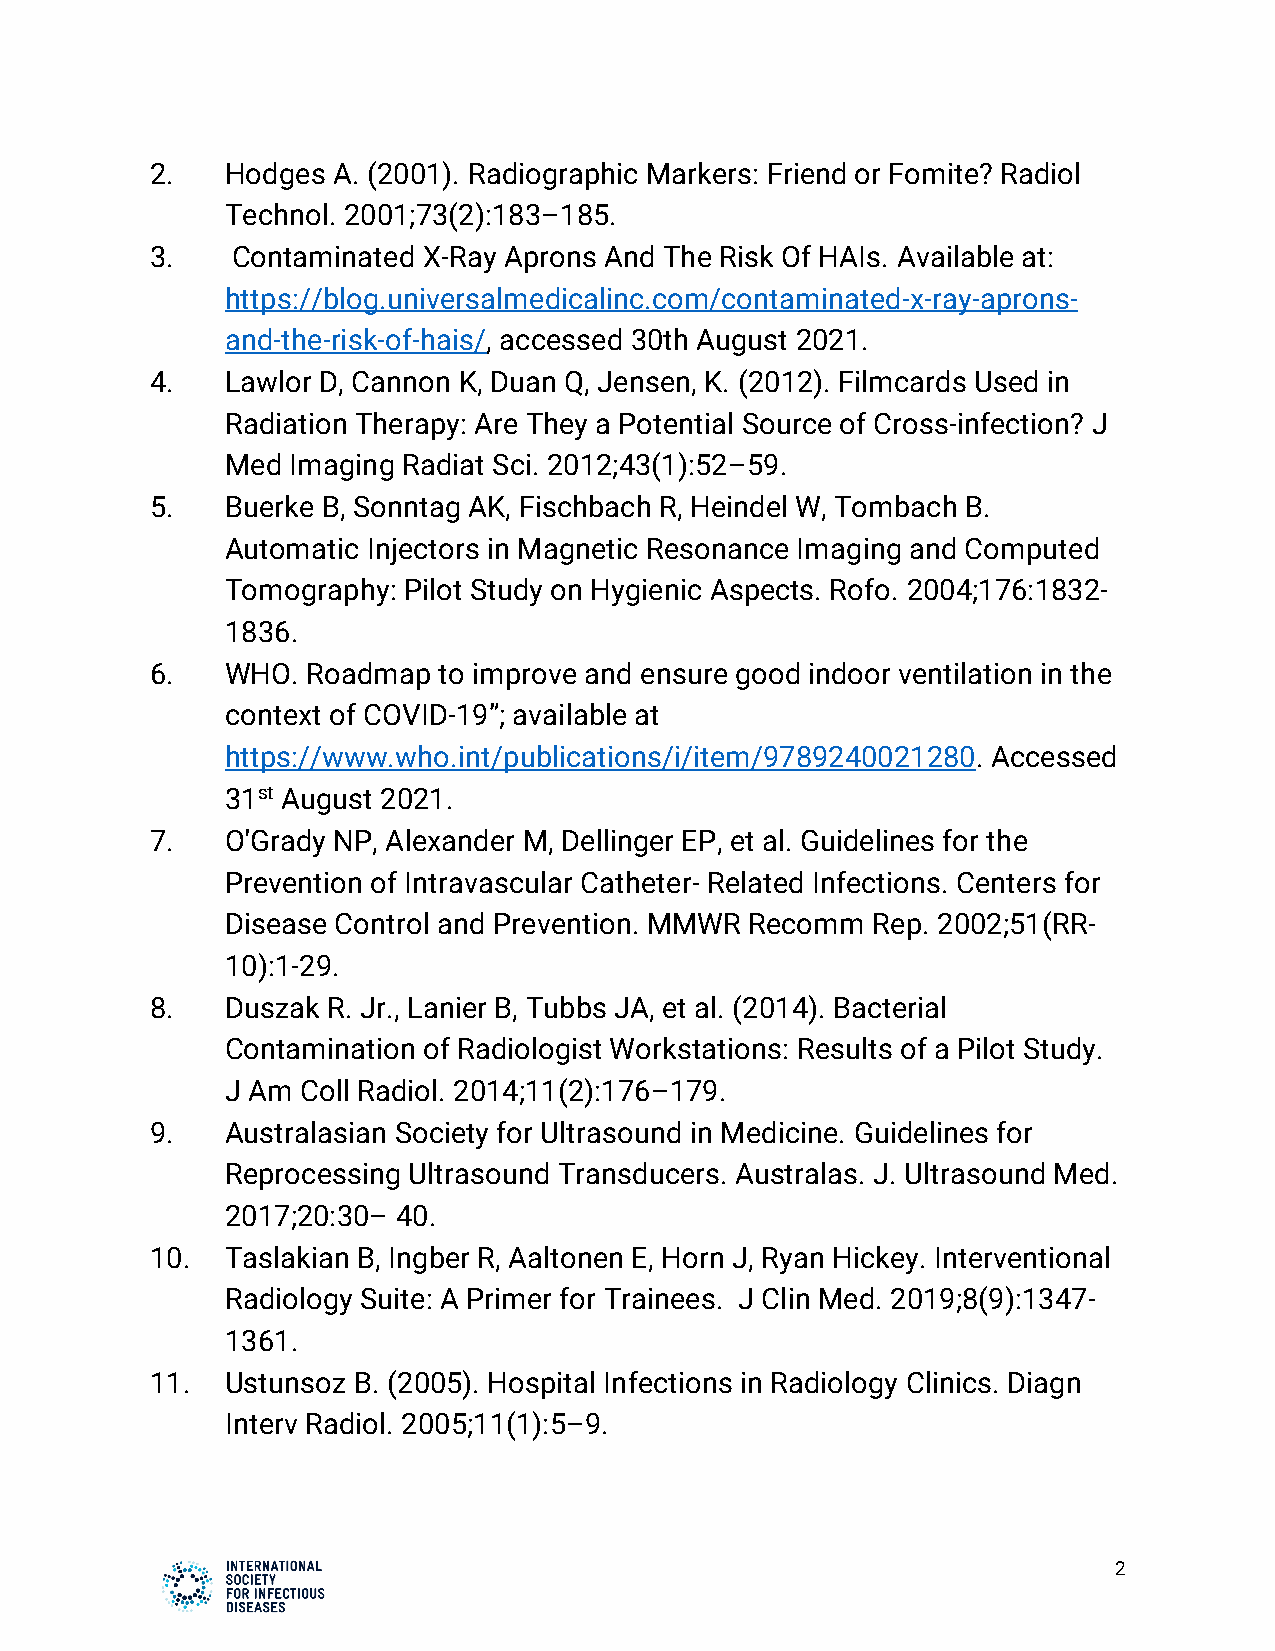
2.   Hodges A. (2001). Radiographic Markers: Friend or Fomite? Radiol
 Technol. 2001;73(2):183–185.
 3.   Contaminated X-Ray Aprons And The Risk Of HAIs. Available at:
 https://blog.universalmedicalinc.com/contaminated-x-ray-aprons-
 and-the-risk-of-hais/, accessed 30th August 2021.
 4.   Lawlor D, Cannon K, Duan Q, Jensen, K. (2012). Filmcards Used in
 Radiation Therapy: Are They a Potential Source of Cross-infection? J
 Med Imaging Radiat Sci. 2012;43(1):52–59.
 5.   Buerke B, Sonntag AK, Fischbach R, Heindel W, Tombach B.
 Automatic Injectors in Magnetic Resonance Imaging and Computed
 Tomography: Pilot Study on Hygienic Aspects. Rofo. 2004;176:1832-
 1836.
 6.   WHO. Roadmap  to improve and ensure good indoor ventilation in the
 context of COVID-19”; available at
 https://www.who.int/publications/i/item/9789240021280. Accessed
 31st August 2021.
 7.   O'Grady NP, Alexander M, Dellinger EP, et al. Guidelines for the
 Prevention of Intravascular Catheter- Related Infections. Centers for
 Disease Control and Prevention. MMWR Recomm Rep. 2002;51(RR-
 10):1-29.
 8.   Duszak R. Jr., Lanier B, Tubbs JA, et al. (2014). Bacterial
 Contamination of Radiologist Workstations: Results of a Pilot Study.
 J Am Coll Radiol. 2014;11(2):176–179.
 9.   Australasian Society for Ultrasound in Medicine. Guidelines for
 Reprocessing Ultrasound Transducers. Australas. J. Ultrasound Med.
 2017;20:30– 40.
 10.  Taslakian B, Ingber R, Aaltonen E, Horn J, Ryan Hickey. Interventional
 Radiology Suite: A Primer for Trainees. J Clin Med. 2019;8(9):1347-
 1361.
 11.  Ustunsoz B. (2005). Hospital Infections in Radiology Clinics. Diagn
 Interv Radiol. 2005;11(1):5–9.
 2